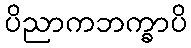
ပိညာကဘက္ခာပိ